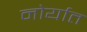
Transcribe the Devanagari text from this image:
नोर्यात